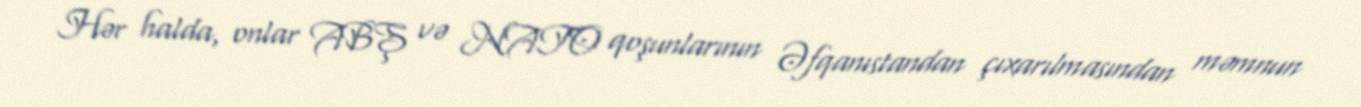
Hər halda, onlar ABŞ və NATO qoşunlarının Əfqanıstandan çıxarılmasından məmnun